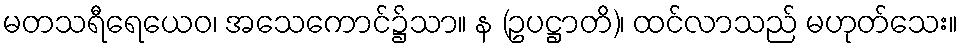
မတသရီရေယေဝ၊ အသေကောင်၌သာ။ န (ဥပဋ္ဌာတိ)၊ ထင်လာသည် မဟုတ်သေး။